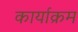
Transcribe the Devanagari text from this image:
कार्याक्रम